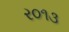
ર૦૧૩